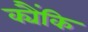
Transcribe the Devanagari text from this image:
क्यैंकि